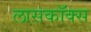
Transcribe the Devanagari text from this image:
लासकॉक्स